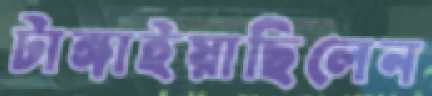
টাঙ্গাইয়াছিলেন